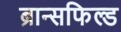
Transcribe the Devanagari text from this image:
ब्रान्सफिल्ड